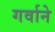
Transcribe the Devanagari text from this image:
गर्वाने